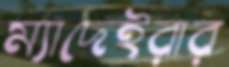
ম্যাদেইরার